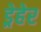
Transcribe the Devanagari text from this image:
ड्रेहेर